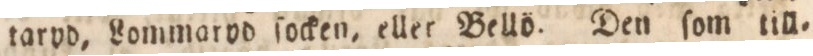
taryd, Lommaryd ſocken, eller Bellö. Den ſom till=